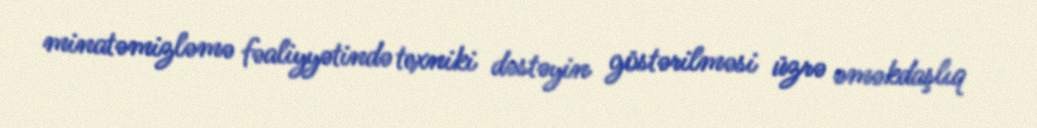
minatəmizləmə fəaliyyətində texniki dəstəyin göstərilməsi üzrə əməkdaşlıq